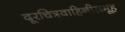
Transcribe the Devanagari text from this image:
दूरचित्रवाहिनीसमूह